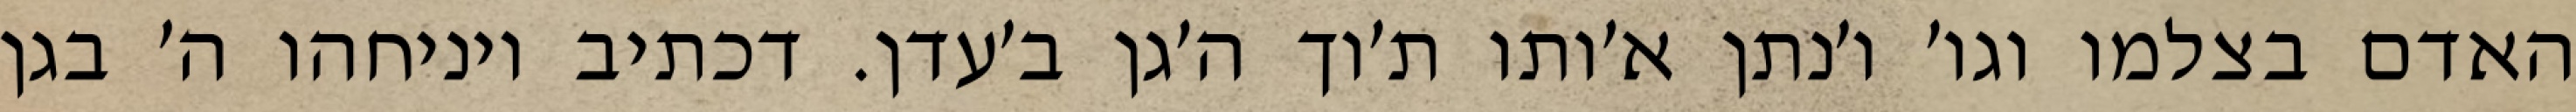
האדם בצלמו וגו׳ ו׳נתן א׳ותו ת׳וך ה׳גן ב׳עדן. דכתיב ויניחהו ה׳ בגן